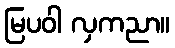
မြပဝါ လှကညာ။